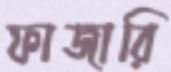
ফাজারি